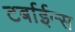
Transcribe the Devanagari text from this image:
टर्बाईन्स